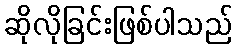
ဆိုလိုခြင်းဖြစ်ပါသည်